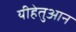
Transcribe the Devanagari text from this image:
यीहेतुआन